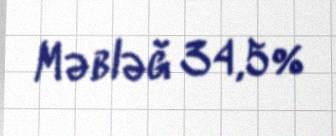
Məbləğ 34,5%